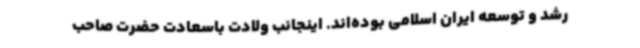
رشد و توسعه ایران اسلامی بوده‌اند. اینجانب ولادت باسعادت حضرت صاحب